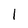
Character: 1